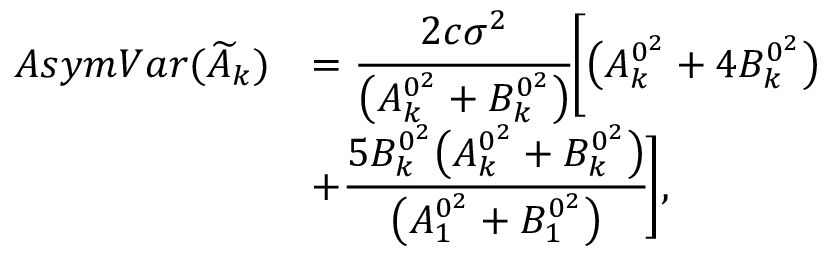
\begin{array} { r l } { A s y m V a r ( \widetilde { A } _ { k } ) } & { = \cfrac { 2 c \sigma ^ { 2 } } { \big ( A _ { k } ^ { 0 ^ { 2 } } + B _ { k } ^ { 0 ^ { 2 } } \big ) } \bigg [ \big ( A _ { k } ^ { 0 ^ { 2 } } + 4 B _ { k } ^ { 0 ^ { 2 } } \big ) } \\ & { + \cfrac { 5 B _ { k } ^ { 0 ^ { 2 } } \big ( A _ { k } ^ { 0 ^ { 2 } } + B _ { k } ^ { 0 ^ { 2 } } \big ) } { \big ( A _ { 1 } ^ { 0 ^ { 2 } } + B _ { 1 } ^ { 0 ^ { 2 } } \big ) } \bigg ] , } \end{array}